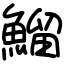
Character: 鰡